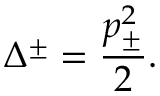
\Delta ^ { \pm } = \displaystyle \frac { p _ { \pm } ^ { 2 } } { 2 } .